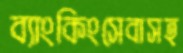
ব্যাংকিংসেবাসহ